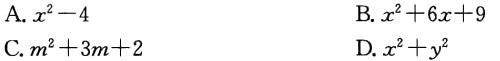
A. \(x^{2}-4\)

B. \(x^{2}+6x + 9\)

C. \(m^{2}+3m + 2\)

D. \(x^{2}+y^{2}\)